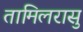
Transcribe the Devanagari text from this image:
तामिलरासु